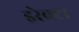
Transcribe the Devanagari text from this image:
इरेक्टा